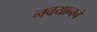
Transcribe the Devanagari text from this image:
नवयानचे